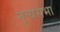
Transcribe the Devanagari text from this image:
नृत्यसभा